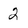
Character: 2